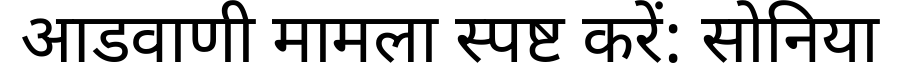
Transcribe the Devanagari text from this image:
आडवाणी मामला स्पष्ट करें: सोनिया